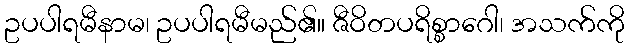
ဥပပါရမီနာမ၊ ဥပပါရမီမည်၏။ ဇီဝိတပရိစ္စာဂေါ၊ အသက်ကို